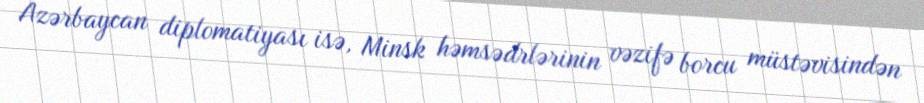
Azərbaycan diplomatiyası isə, Minsk həmsədrlərinin vəzifə borcu müstəvisindən